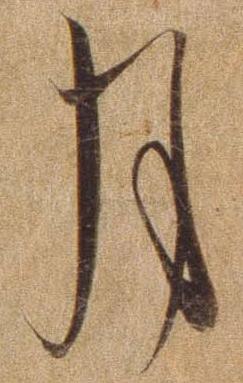
月